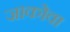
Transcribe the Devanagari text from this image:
जाकोवा